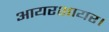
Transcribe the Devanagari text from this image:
आयरशायर।